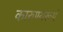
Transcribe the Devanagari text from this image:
कारुण्यरूपं